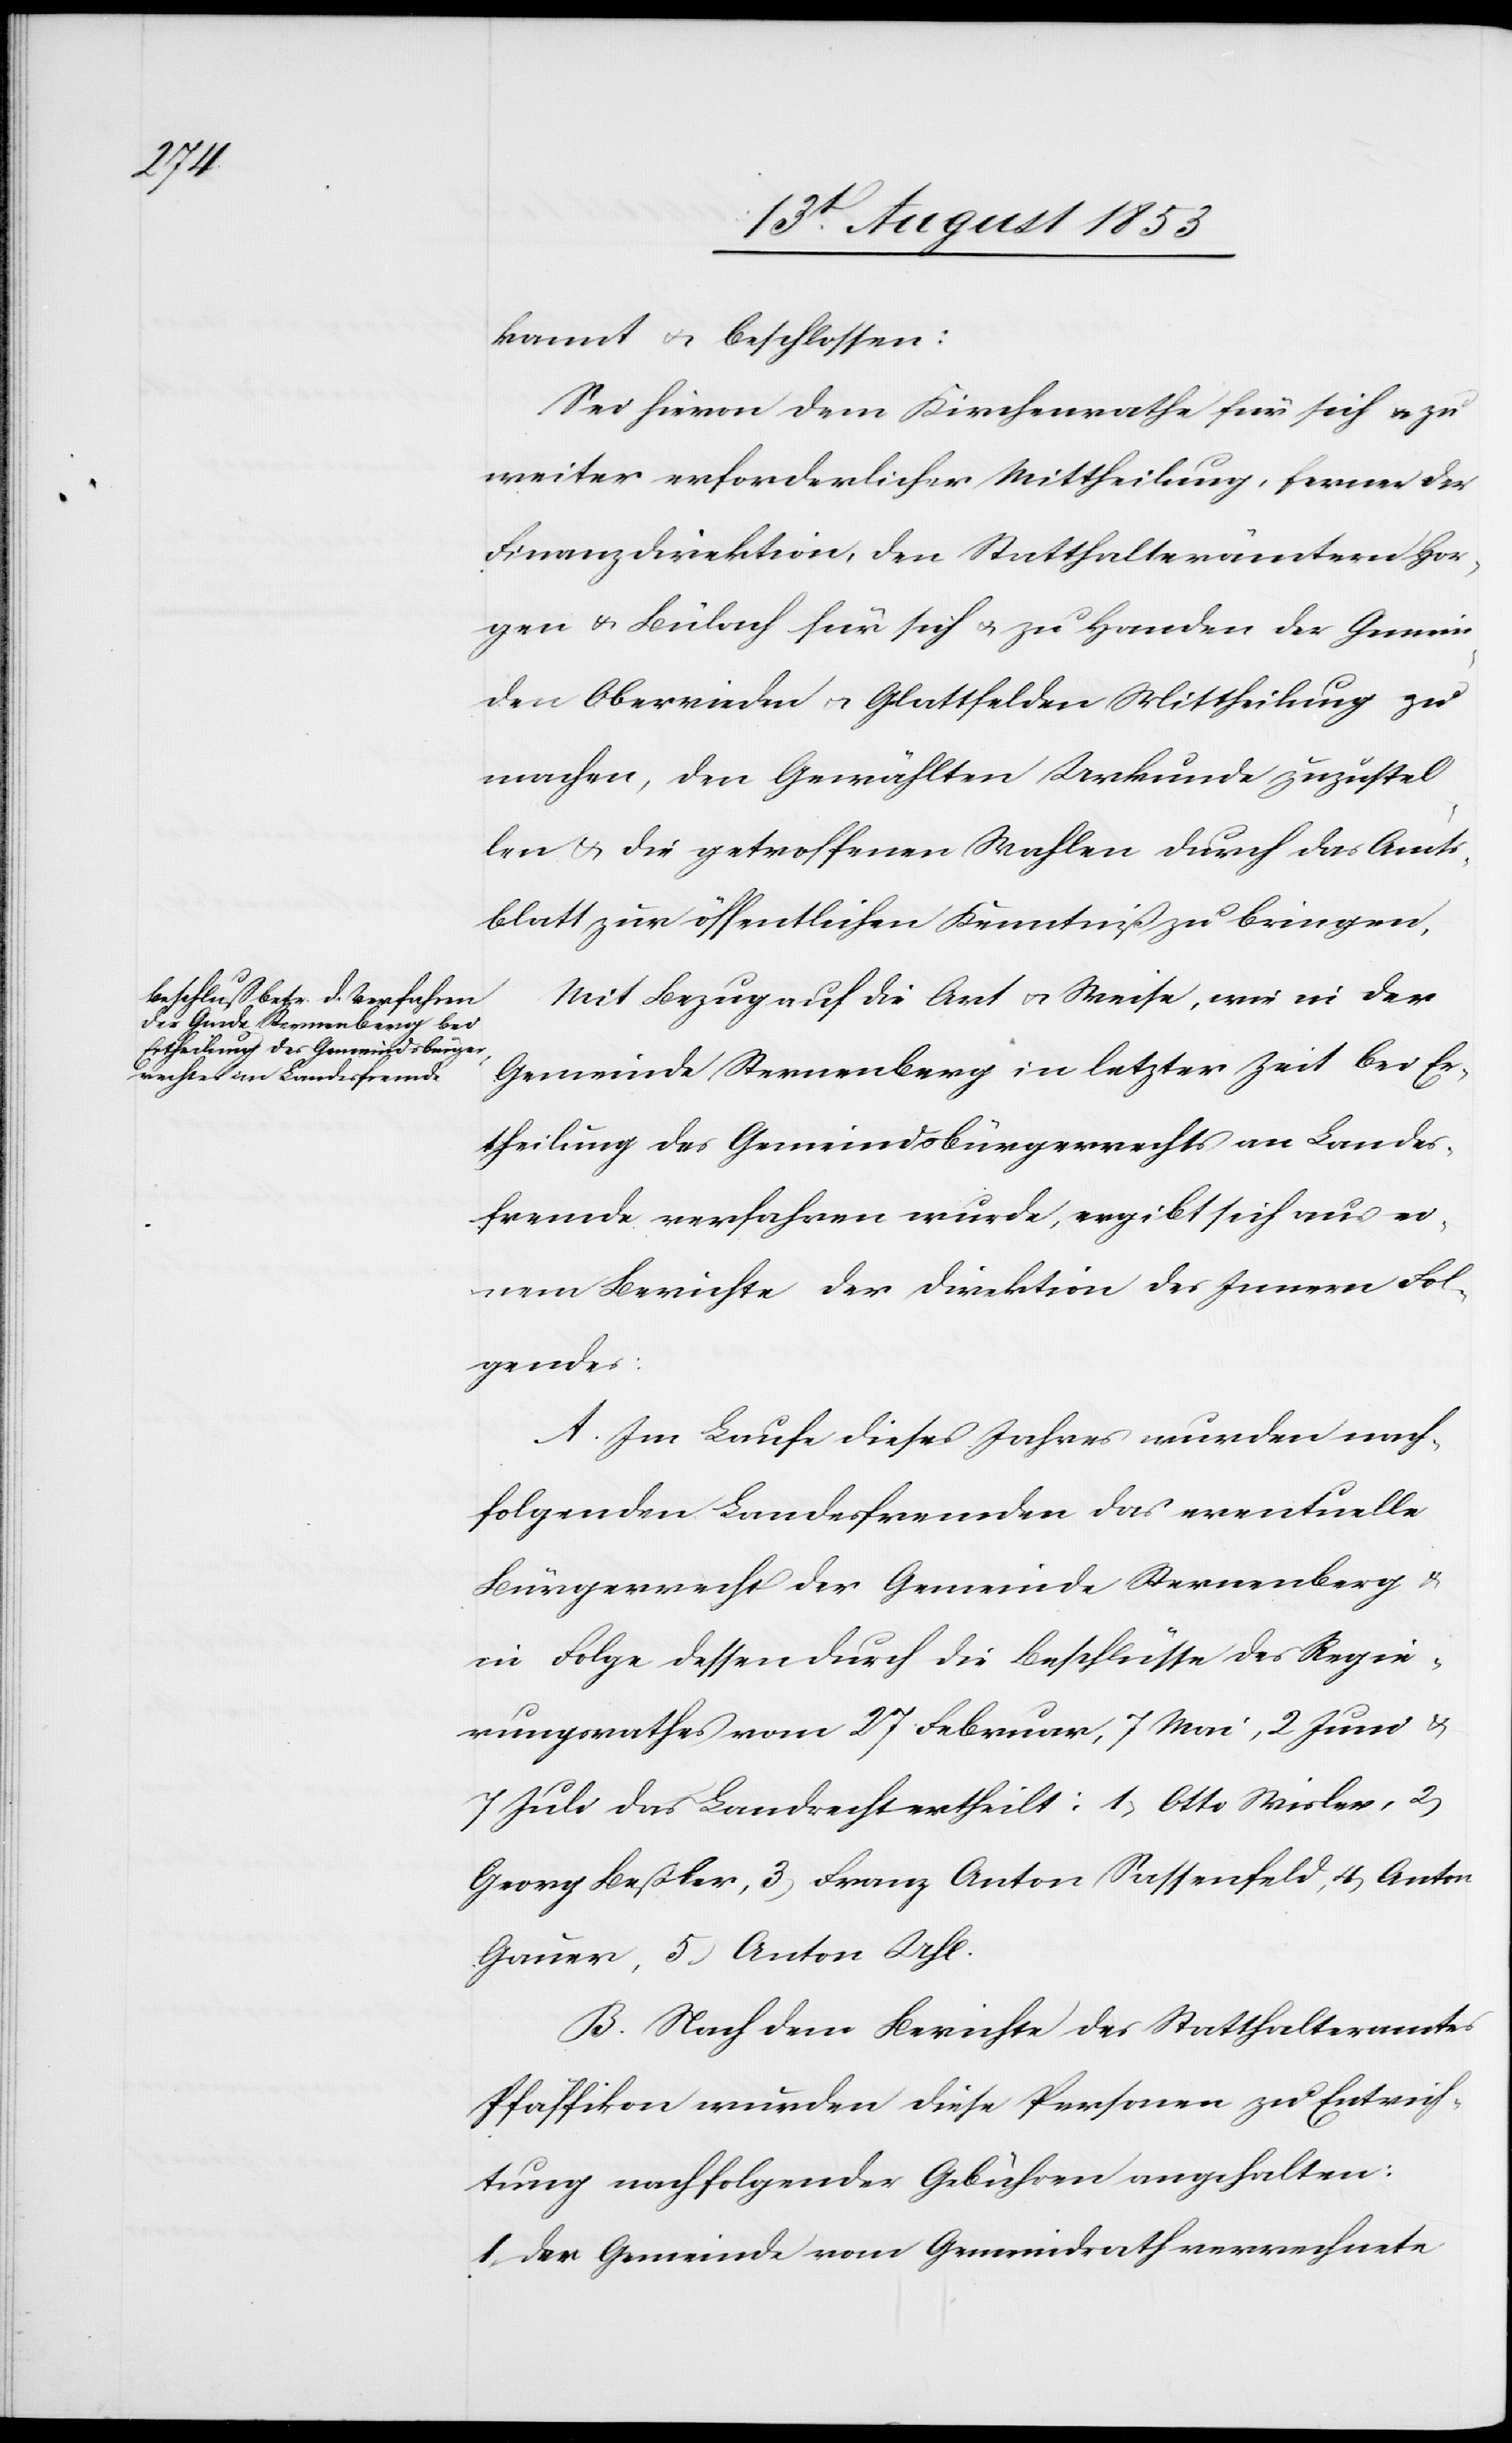
kannt u. beschlossen:
Sei hievon dem Kirchenrathe für sich u. zu
weiter erforderlicher Mittheilung, ferner der
Finanzdirektion, den Statthalterämtern Hor¬
gen u. Bülach für sich u. zu Handen der Gemein¬
den Oberrieden u. Glattfelden Mittheilung zu
machen, den Gewählten Urkunde zuzustel¬
len u. die getroffenen Wahlen durch das Amts¬
blatt zur öffentlichen Kenntniß zu bringen.
Mit Bezug auf die Art u. Weise, wie in der
Gemeinde Sternenberg in letzter Zeit bei Er¬
theilung des Gemeindsbürgerrechtes an Landes¬
fremde verfahren wurde, ergibt sich aus ei¬
nem Berichte der Direktion des Innern Fol¬
gendes:
A. Im Laufe dieses Jahres wurden nach¬
folgenden Landesfremden das eventuelle
Bürgerrecht der Gemeinde Sternenberg u.
in Folge dessen durch die Beschlüsse des Regie¬
rungsrathes vom 27 Februar, 7 Mai, 2 Juni u.
7 Juli das Landrecht ertheilt: 1, Otto Wisler, 2,
Georg Beßler, 3, Franz Anton Sassenfeld, 4, Anton
Gauer, 5, Anton Uhl.
B. Nach dem Berichte des Statthalteramtes
Pfäffikon wurden diese Personen zu Entrich¬
tung nachfolgender Gebühren angehalten:
1, der Gemeinde vom Gemeindrath verrechnete